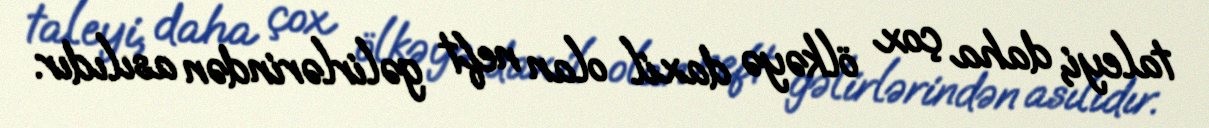
taleyi, daha çox ölkəyə daxil olan neft gəlirlərindən asılıdır.